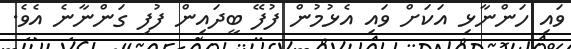
ވައި ހަންނާޅި އަކަށް ވައި އެޅުމުން ފުފޭ ބީދައިން ފުފި ގަންނާނެ އެވެ.